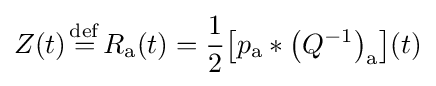
Z(t){\stackrel {\mathrm {def} }{{}={}}}R_{\mathrm {a} }(t)={\frac {1}{2}}\!\left[p_{\mathrm {a} }*\left(Q^{-1}\right)_{\mathrm {a} }\right]\!(t)